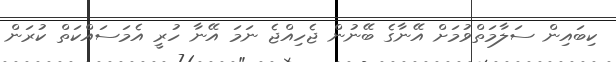
ކިބައިން ސަލާމަތްވުމަށް އޭނާގެ ބޭނުން ޖެހިއްޖެ ނަމަ އޭނާ ހުރީ އެމަސައްކަތް ކުރަން